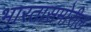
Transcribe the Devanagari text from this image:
भारतासमोरील